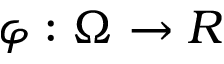
\varphi : \Omega \to R